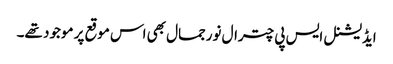
ایڈیشنل ایس پی چترال نورجمال بھی اس موقع پر موجود تھے۔